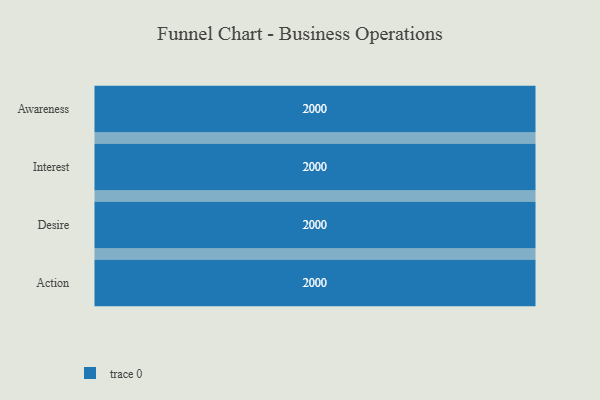
{"axis": {"x": "Stage", "y": "Value"}, "legend": [""], "data": [{"x": "Awareness", "y": 2000, "type": ""}, {"x": "Interest", "y": 2000, "type": ""}, {"x": "Desire", "y": 2000, "type": ""}, {"x": "Action", "y": 2000, "type": ""}]}